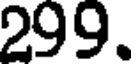
299.